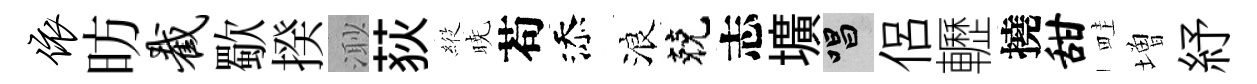
依昉截歜揆𣺌荻𦂵暁苟添浪兢志壙唱侶轣撓甜畦増紓